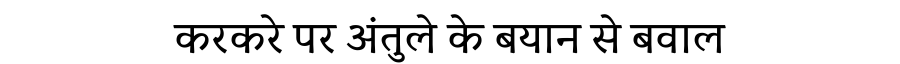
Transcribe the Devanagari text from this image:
करकरे पर अंतुले के बयान से बवाल